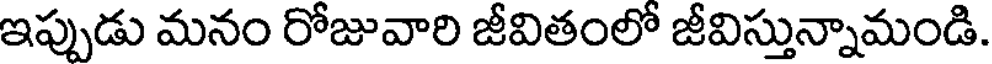
ఇప్పుడు మనం రోజువారి జీవితంలో జీవిస్తున్నామండి.